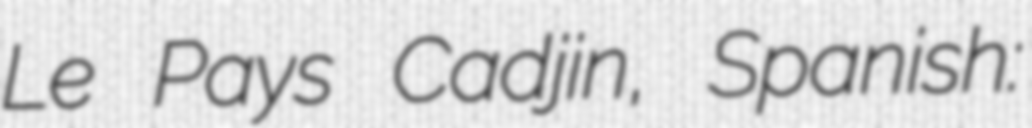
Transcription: Le Pays Cadjin, Spanish: